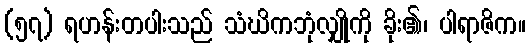
(၅၇) ရဟန်းတပါးသည် သံဃိကဘုံလျှိုကို ခိုး၏၊ ပါရာဇိက။